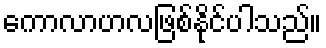
ကောလာဟလဖြစ်နိုင်ပါသည်။